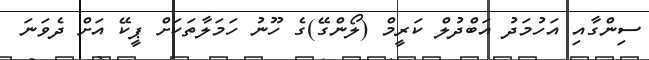
ސިންގާއި އަހުމަދު އަބްދުލް ކަރީމް (ލޯންގޭ)ގެ ހޫނު ހަމަލާތަކަށް ޕީކޭ އަށް ދެވަނަ